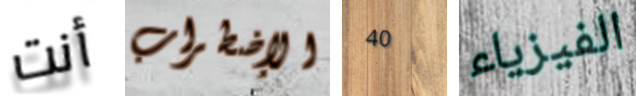
أنت الإضطراب 40 الفيزياء